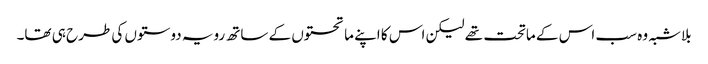
بلاشبہ وہ سب اس کے ماتحت تھے لیکن اس کا اپنے ماتحتوں کے ساتھ رویہ دوستوں کی طرح ہی تھا۔